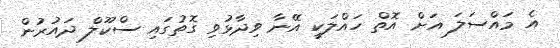
އެ މައްސަލަ އަށް އޮތް ހައްލަކީ އޭނާ ވިދާޅުވި ގޮތުގައި ސްކޫލް ދައުރުން